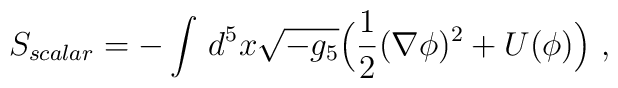
S_{scalar} = -\int \,d^5 x \sqrt{-g_{5}}               \Big(\frac{1}{2}(\nabla\phi)^2 + U(\phi) \Big)\ ,